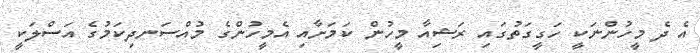
އެ ދެ މީހުންނަކީ ހަގީގަތުގައި ރަޝިއާ މީހުން ކަމަށާއި އެމީހުންގެ މުއްސަނދިކަމުގެ އަސްލަކީ